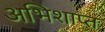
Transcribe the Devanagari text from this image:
अभिशाप्त